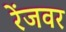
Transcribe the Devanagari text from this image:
रेंजवर